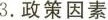
3.政策因素